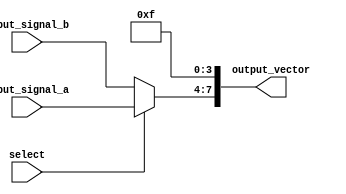
module vector_continuous_assignment (
    input wire [3:0] input_signal_a,  // 4-bit input signal A
    input wire [3:0] input_signal_b,  // 4-bit input signal B
    input wire select,                 // Control signal for selection
    output wire [7:0] output_vector    // 8-bit output vector
);

// Intermediate signal for concatenation
wire [3:0] selected_signal;

// Continuous assignment to select between input_signal_a and input_signal_b
assign selected_signal = (select) ? input_signal_a : input_signal_b;

// Continuous assignment to drive the output_vector
// Concatenate selected_signal with a constant value (e.g., 4'b1111)
assign output_vector = {selected_signal, 4'b1111}; // Concatenating the 4-bit selected signal with 4'b1111

endmodule